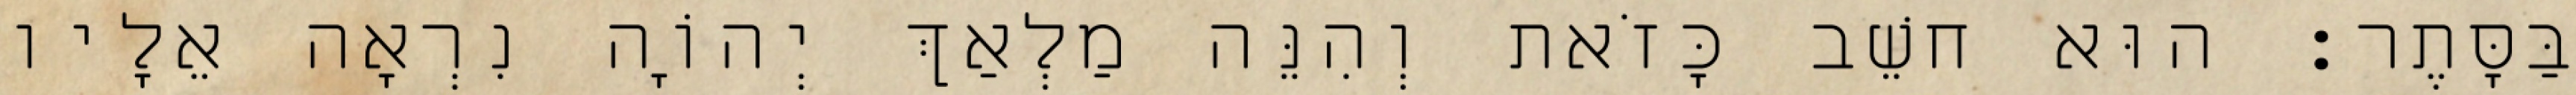
בַּסָּתֶר׃ הוּא חשֵׁב כָּזֹאת וְהִנֵּה מַלְאַךְ יְהוָֹה נִרְאָה אֵלָיו